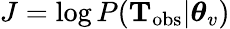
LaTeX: J=\log P(\mathbf{T}_{\mathrm{obs}}|\boldsymbol{\theta}_{v})